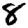
Digit: 8